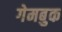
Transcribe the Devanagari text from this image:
गेमबुक